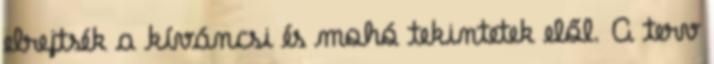
elrejtsék a kíváncsi és mohó tekintetek elől. A terv